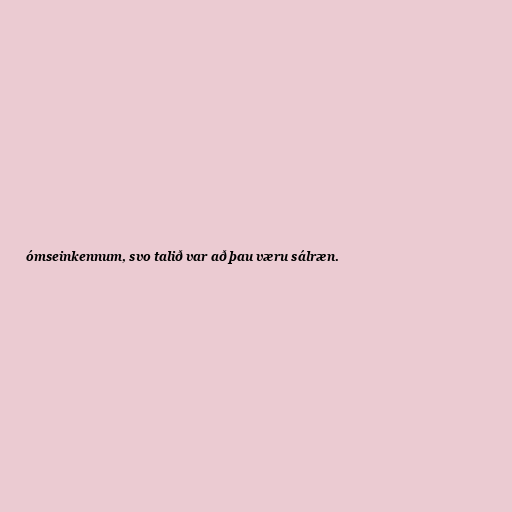
ómseinkennum, svo talið var að þau væru sálræn.